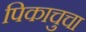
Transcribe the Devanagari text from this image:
पिकाचुचा